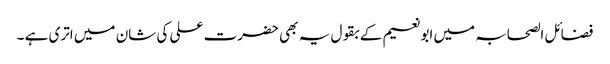
فضائل الصحابہ میں ابونعیم کے بقول یہ بھی حضرت علی کی شان میں اتری ہے ۔